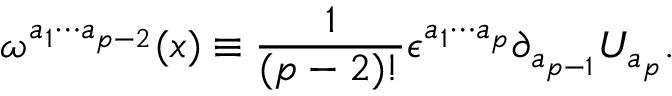
\omega ^ { a _ { 1 } \cdots a _ { p - 2 } } ( x ) \equiv \frac { 1 } { ( p - 2 ) ! } \epsilon ^ { a _ { 1 } \cdots a _ { p } } \partial _ { a _ { p - 1 } } U _ { a _ { p } } .